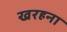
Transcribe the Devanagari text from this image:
खरहना